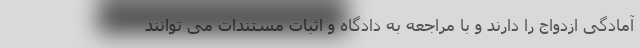
آمادگی ازدواج را دارند و با مراجعه به دادگاه و اثبات مستندات می توانند